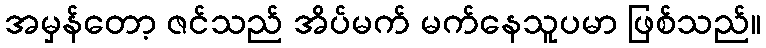
အမှန်တော့ ဇင်သည် အိပ်မက် မက်နေသူပမာ ဖြစ်သည်။